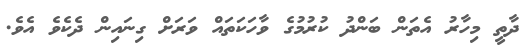
ދާތީ މިހާރު އެތަން ބަންދު ކުރުމުގެ ވާހަކަތައް ވަރަށް ގިނައިން ދެކެވެ އެވެ.